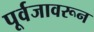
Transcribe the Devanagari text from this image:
पूर्वजावरून